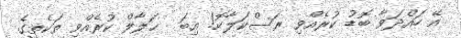
އޭ ހައްދަވާ ބޮޑު ކުރެއްވި ރަސްކަލާކޮ! އިބަ  ޙަލާލް ކުރެއްވި ތަކެތީގެ